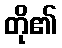
တို၏